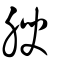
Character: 腴